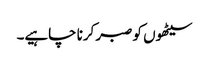
سیٹھوں کو صبر کرنا چاہیے۔